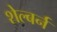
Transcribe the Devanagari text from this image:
शेल्बर्न